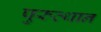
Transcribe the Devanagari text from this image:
पुरुत्थान